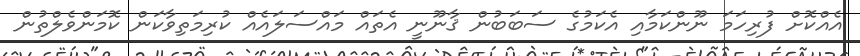
އެއްކޮށް ފުރިހަމަ ނޫންކަމާއި އެކަމުގެ ސަބަބުން ޤާނޫނީ އެތައް މައްސަލައެއް ކުރިމަތިވާކަން ކޮމަންވެލްތުން